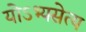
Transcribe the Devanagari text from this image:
योऽभ्यसेत्य